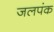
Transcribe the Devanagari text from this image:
जलपंक